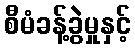
စီမံခန့်ခွဲမှုနှင့်